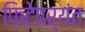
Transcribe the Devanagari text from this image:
फिटेपर्यंत